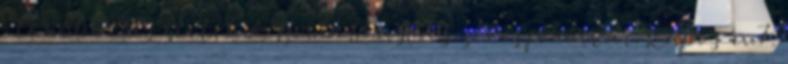
. további részletek A Hema Ponyva Székesfehérvár, Kapos u.7.